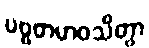
ပဗ္ဗတမာဝသိတွာ